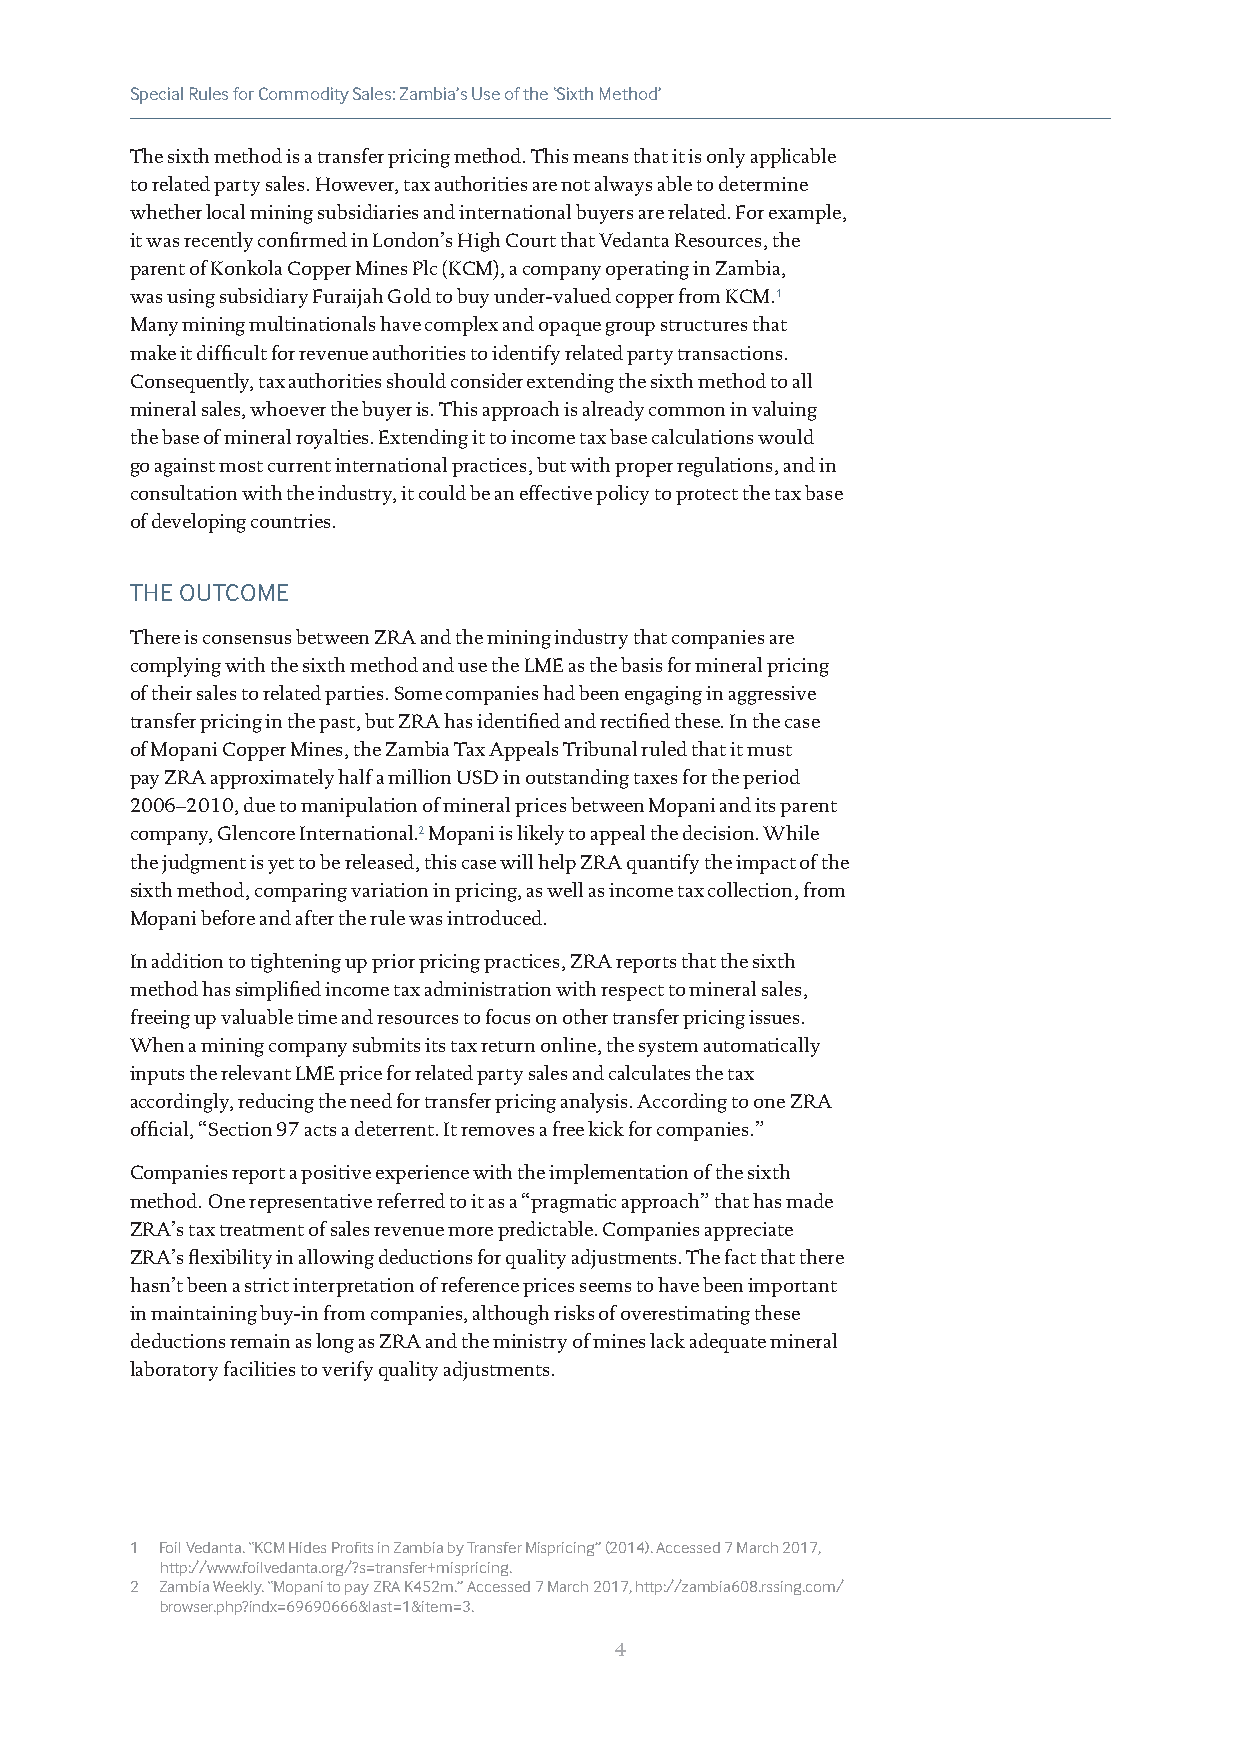
Special Rules for Commodity Sales: Zambia’s Use of the ‘Sixth Method’
 The sixth method is a transfer pricing method. This means that it is only applicable
 to related party sales. However, tax authorities are not always able to determine
 whether local mining subsidiaries and international buyers are related. For example,
 it was recently confirmed in London’s High Court that Vedanta Resources, the
 parent of Konkola Copper Mines Plc (KCM), a company operating in Zambia,
 was using subsidiary Furaijah Gold to buy under-valued copper from KCM.1
 Many mining multinationals have complex and opaque group structures that
 make it difficult for revenue authorities to identify related party transactions.
 Consequently, tax authorities should consider extending the sixth method to all
 mineral sales, whoever the buyer is. This approach is already common in valuing
 the base of mineral royalties. Extending it to income tax base calculations would
 go against most current international practices, but with proper regulations, and in
 consultation with the industry, it could be an effective policy to protect the tax base
 of developing countries.
 THE OUTCOME
 There is consensus between ZRA and the mining industry that companies are
 complying with the sixth method and use the LME as the basis for mineral pricing
 of their sales to related parties. Some companies had been engaging in aggressive
 transfer pricing in the past, but ZRA has identified and rectified these. In the case
 of Mopani Copper Mines, the Zambia Tax Appeals Tribunal ruled that it must
 pay ZRA approximately half a million USD in outstanding taxes for the period
 2006–2010, due to manipulation of mineral prices between Mopani and its parent
 company, Glencore International.2 Mopani is likely to appeal the decision. While
 the judgment is yet to be released, this case will help ZRA quantify the impact of the
 sixth method, comparing variation in pricing, as well as income tax collection, from
 Mopani before and after the rule was introduced.
 In addition to tightening up prior pricing practices, ZRA reports that the sixth
 method has simplified income tax administration with respect to mineral sales,
 freeing up valuable time and resources to focus on other transfer pricing issues.
 When a mining company submits its tax return online, the system automatically
 inputs the relevant LME price for related party sales and calculates the tax
 accordingly, reducing the need for transfer pricing analysis. According to one ZRA
 official, “Section 97 acts a deterrent. It removes a free kick for companies.”
 Companies report a positive experience with the implementation of the sixth
 method. One representative referred to it as a “pragmatic approach” that has made
 ZRA’s tax treatment of sales revenue more predictable. Companies appreciate
 ZRA’s flexibility in allowing deductions for quality adjustments. The fact that there
 hasn’t been a strict interpretation of reference prices seems to have been important
 in maintaining buy-in from companies, although risks of overestimating these
 deductions remain as long as ZRA and the ministry of mines lack adequate mineral
 laboratory facilities to verify quality adjustments.
 1 Foil Vedanta. “KCM Hides Profits in Zambia by Transfer Mispricing” (2014). Accessed 7 March 2017,
 http://www.foilvedanta.org/?s=transfer+mispricing.
 2 Zambia Weekly. “Mopani to pay ZRA K452m.” Accessed 7 March 2017, http://zambia608.rssing.com/
 browser.php?indx=69690666&last=1&item=3.
 4